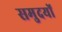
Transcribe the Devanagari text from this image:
समुदयों